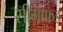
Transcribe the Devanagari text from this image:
सीगाफ्रड